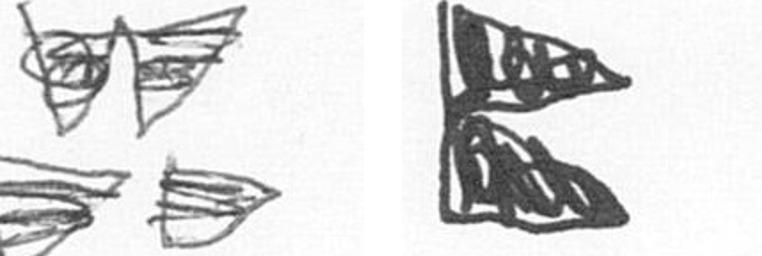
B P